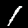
Label: 1